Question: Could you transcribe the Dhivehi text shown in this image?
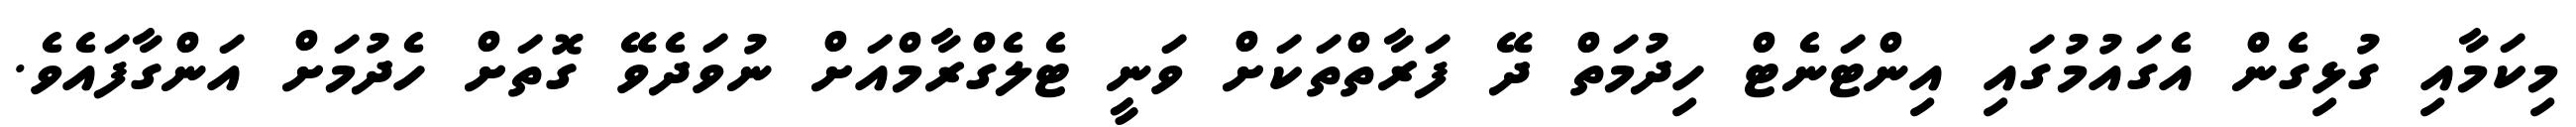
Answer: މިކަމާއި ގުޅިގެން އެގައުމުގައި އިންޓަނެޓް ހިދުމަތް ދޭ ފަރާތްތަކަށް ވަނީ ޓެލެގްރާމްއަށް ނުވަދެވޭ ގޮތަށް ހެދުމަށް އަންގާފައެވެ.